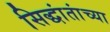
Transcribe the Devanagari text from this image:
सिद्धांतांच्या